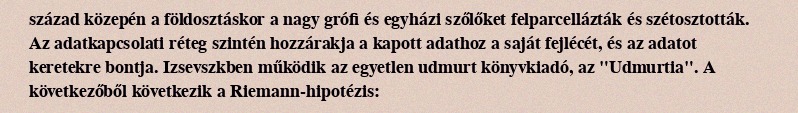
század közepén a földosztáskor a nagy grófi és egyházi szőlőket felparcellázták és szétosztották. Az adatkapcsolati réteg szintén hozzárakja a kapott adathoz a saját fejlécét, és az adatot keretekre bontja. Izsevszkben működik az egyetlen udmurt könyvkiadó, az "Udmurtia". A következőből következik a Riemann-hipotézis: